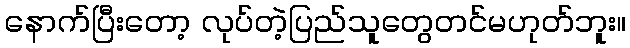
နောက်ပြီးတော့ လုပ်တဲ့ပြည်သူတွေတင်မဟုတ်ဘူး။